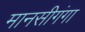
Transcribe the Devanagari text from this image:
मानसीगंगा